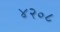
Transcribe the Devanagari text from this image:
४२०८